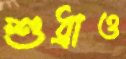
শুধ্‌রাও